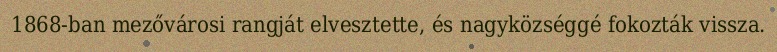
1868-ban mezővárosi rangját elvesztette, és nagyközséggé fokozták vissza.